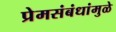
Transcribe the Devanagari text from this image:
प्रेमसंबंधांमुळे